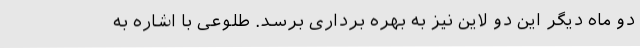
دو ماه دیگر این دو لاین نیز به بهره برداری برسد. طلوعی با اشاره به